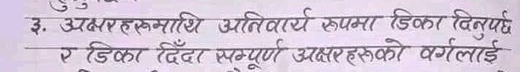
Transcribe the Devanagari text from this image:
३. अक्षरहरूमाथि अनिवार्य रूपमा डिका दिनुपर्दछ र डिका दिँदा सम्पूर्ण अक्षरहरूको वर्गलाई